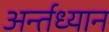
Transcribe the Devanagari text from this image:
अर्न्‍तध्‍यान